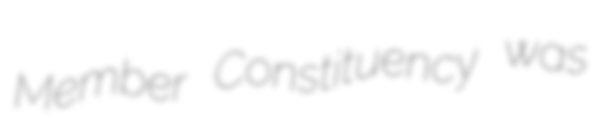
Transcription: Member Constituency was